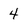
Character: 4